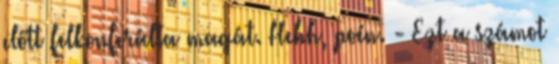
előtt felkonferálta magát. Hehh, poén. - Ezt a számot